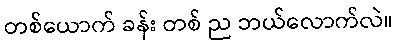
တစ်ယောက် ခန်း တစ် ည ဘယ်လောက်လဲ။